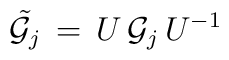
{\tilde{{\cal G}_j}}\,=\, U\,{\cal G}_j\,U^{-1}